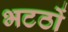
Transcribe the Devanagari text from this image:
भटठों